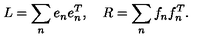
L = \sum _ { n } e _ { n } e _ { n } ^ { T } , \quad R = \sum _ { n } f _ { n } f _ { n } ^ { T } .